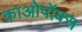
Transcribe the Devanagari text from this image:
काओपॉक्स